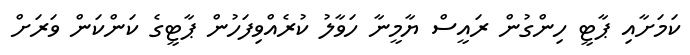
ކަމަށާއި ޕާޓީ ހިންގުން ރައީސް ޔާމީނާ ހަވާލު ކުރެއްވިފަހުން ޕާޓީގެ ކަންކަން ވަރަށް